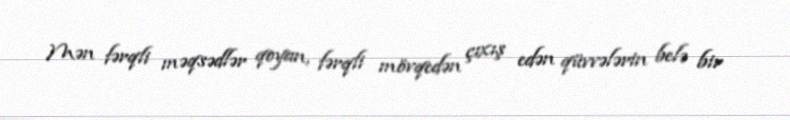
Mən fərqli məqsədlər qoyan, fərqli mövqedən çıxış edən qüvvələrin belə bir